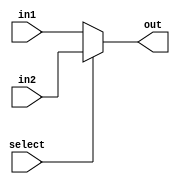
module mux_8bit(in1, in2, select, out);

input	[7:0]	in1,in2;
input			select;
output	[7:0]	out;

assign out = select?in2: in1;

endmodule

///////////////////////////////////////////////////

module mux_25bit(in1, in2, select, out);

input	[24:0]	in1,in2;
input			select;
output	[24:0]	out;

assign out = select?in2: in1;

endmodule